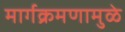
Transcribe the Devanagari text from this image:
मार्गक्रमणामुळे